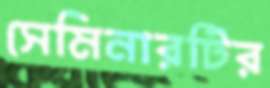
সেমিনারটির